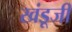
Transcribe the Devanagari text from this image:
खंडूजी